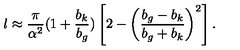
l \approx \frac { \pi } { \alpha ^ { 2 } } ( 1 + \frac { b _ { k } } { b _ { g } } ) \left[ 2 - \left( \frac { b _ { g } - b _ { k } } { b _ { g } + b _ { k } } \right) ^ { 2 } \right] .